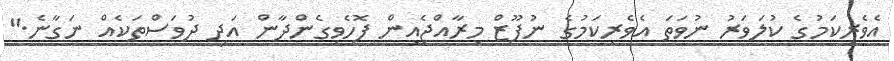
އެވެރިކަމުގެ ކުލަވަރު ނުވަތަ އެވެރިކަމުގެ ނުފޫޒް މިރާއްޖެއިން ފޮހެވިގެންދާން އަދި ދުވަސްތަކެއް ނަގާނެ."